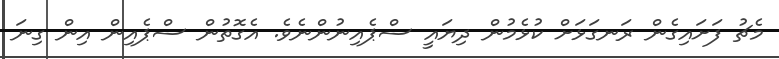
މެޗު ފަށައިގެން ރަނގަޅަށް ކުޅެމުން ދިޔައީ ސްޕެއިނުންނެވެ. އެގޮތުން ސްޕެއިން އިން ގިނަ